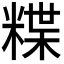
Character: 𥻈